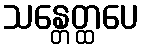
သန္တေတ္ထပေ